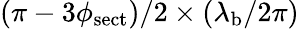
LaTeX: (\pi-3\phi_{\mathrm{sect}})/2\times(\lambda_{\mathrm{b}}/2\pi)